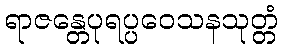
ရာဇန္တေပုရပ္ပဝေသနသုတ္တံ